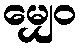
မျှေဝ